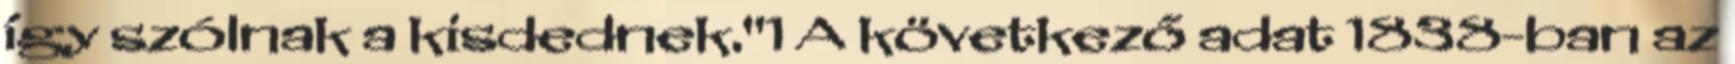
így szólnak a kisdednek."1 A következő adat 1838-ban az